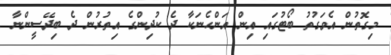
މިގޮތުން އެވަގުތު ބޯޓުގައި އިން އަންހެނަކާ ދެ ކުދިންގެ އިތުރުން ދެ ބިދޭސީންނާ